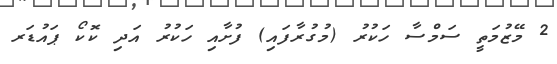
2 މޭޒުމަތީ ސަމްސާ ހަކުރު (މުގުރާފައި) ފުށާއި ހަކުރު އަދި ކޮކޯ ޕައުޑަރ